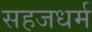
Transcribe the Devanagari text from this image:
सहजधर्म